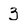
Character: 3